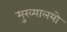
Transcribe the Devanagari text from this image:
मुख्यालयो